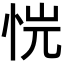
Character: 𢙙